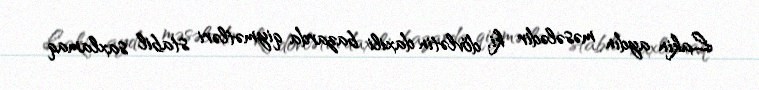
Lakin aydın məsələdir ki, dövlətin daxili bazarda qiymətləri stabil saxlamaq